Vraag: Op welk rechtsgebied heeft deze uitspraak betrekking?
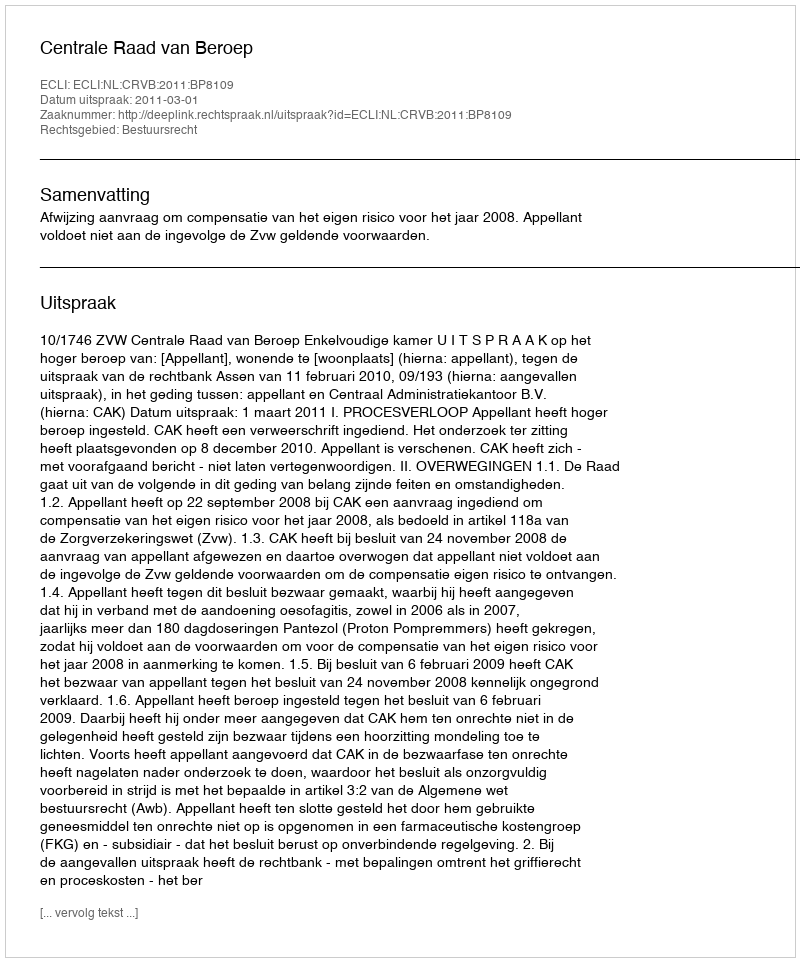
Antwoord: Bestuursrecht